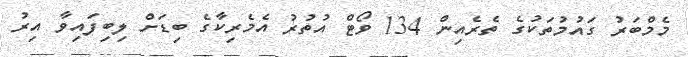
މެމްބަރު ގައުމުތަކުގެ ތެރެއިން 134 ވޯޓް އުތުރު އެމެރިކާގެ ބިޑަށް ލިބިފައިވާ އިރު